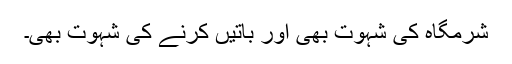
شرمگاہ کی شہوت بھی اور باتیں کرنے کی شہوت بھی۔